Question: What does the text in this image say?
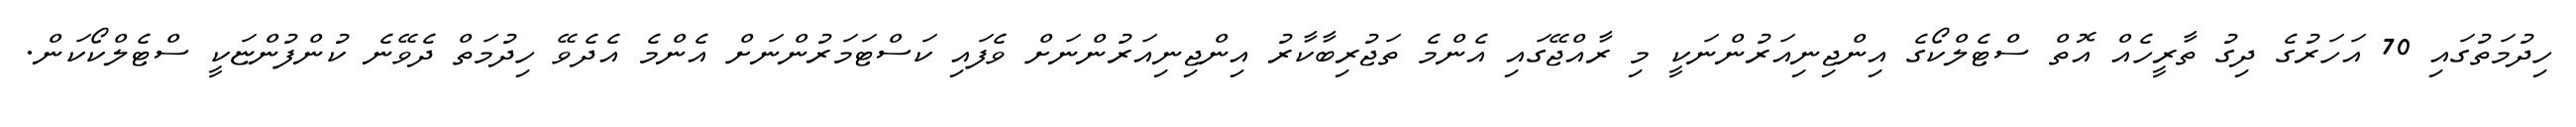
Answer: ހިދުމަތުގައި 70 އަހަރުގެ ދިގު ތާރީހެއް އޮތް ސްޓެލްކޯގެ އިންޖިނިއަރުންނަކީ މި ރާއްޖޭގައި އެންމެ ތަޖުރިބާކާރު އިންޖިނިއަރުންނަށް ވެފައި ކަސްޓަމަރުންނަށް އެންމެ އެދެވޭ ހިދުމަތް ދެވޭނެ ކުންފުންޏަކީ ސްޓެލްކޯކަން.